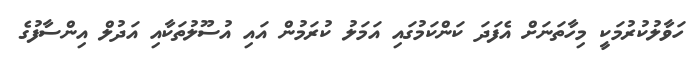
ހަވާލުކުރުމަކީ މިހާތަނަށް އެފަދަ ކަންކަމުގައި އަމަލު ކުރަމުން އައި އުސޫލުތަކާއި އަދުލް އިންސާފުގެ